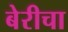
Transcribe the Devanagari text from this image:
बेरीचा